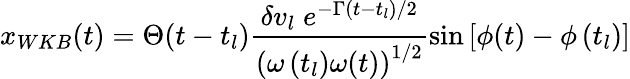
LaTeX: x_{WKB}(t)=\Theta(t-t_{l})\frac{\delta v_{l}\; e^{-\Gamma\left(t-t_{l}\right)/2}}{\left(\omega\left(t_{l}\right)\omega(t)\right)^{1/2}}\sin\left[\phi(t)-\phi\left(t_{l}\right)\right]